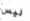
ليس